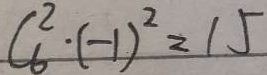
C _ { 6 } ^ { 2 } \cdot ( - 1 ) ^ { 2 } = 1 5